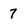
Character: 7